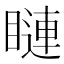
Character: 𥊩